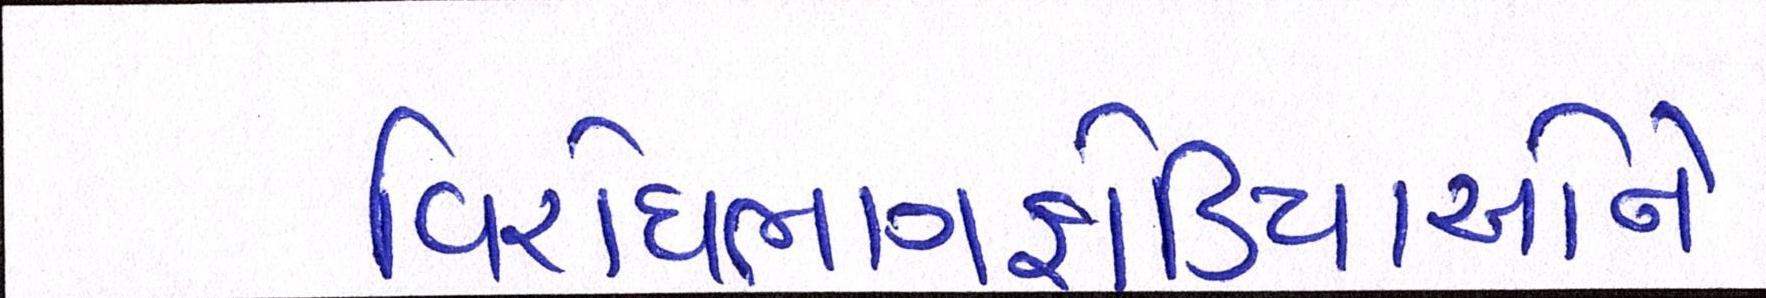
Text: વિરોધભાંગફોડિયાઓને